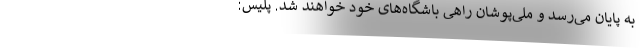
به پایان می‌رسد و ملی‌پوشان راهی باشگاه‌های خود خواهند شد. پلیس: